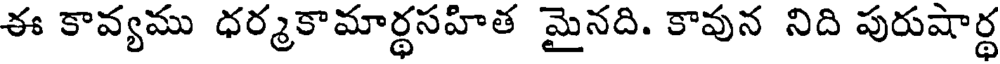
ఈ కావ్యము ధర్మకామార్థసహిత మైనది. కావున నిది పురుషార్థ